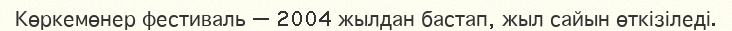
Көркемөнер фестиваль — 2004 жылдан бастап, жыл сайын өткізіледі.